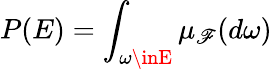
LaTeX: P(E)=\int_{\omega\inE}\mu_{\mathscr{F}}(d\omega)